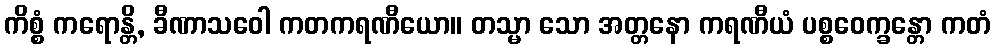
ကိစ္စံ ကရောန္တိ, ခီဏာသဝေါ ကတကရဏီယော။ တသ္မာ သော အတ္တနော ကရဏီယံ ပစ္စဝေက္ခန္တော ကတံ